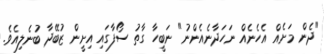
"ދެން މަށެއް އެހެނެއް ނަހަދާނެއެންނު" ނަބީހާ ގާތު ސޯފާގައި އިށީން ޒުބޭދާ ބުނެލިއެވެ.